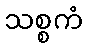
သစ္စကံ